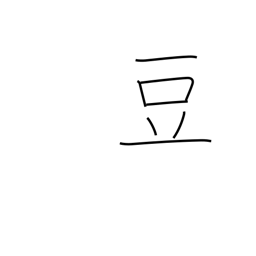
Meaning: midget